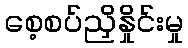
စေ့စပ်ညှိနှိုင်းမှု